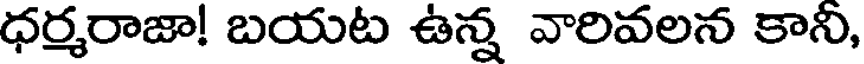
ధర్మరాజా! బయట ఉన్న వారివలన కాని,